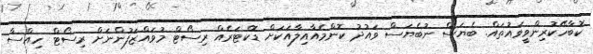
ކޮބާހޭކުރިންވީވައުތައް. ބެޔަސް ނުބެޔަސް ވައުދު ކޮންމެއާއިލާއަކަށް ޑޮކްޓަރެއް ރިސޯޓް މުވައްޒަފުންނަށް ރިސޯޓް ހިއްސާ